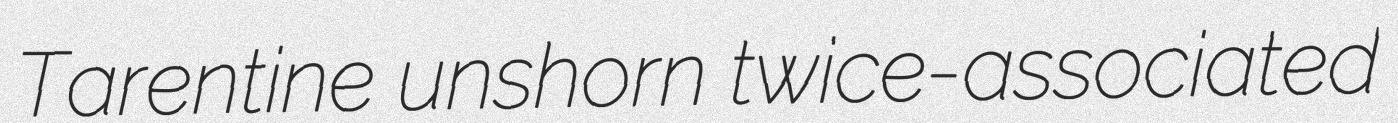
Tarentine unshorn twice-associated